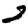
Digit: 2